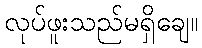
လုပ်ဖူးသည်မရှိချေ။